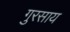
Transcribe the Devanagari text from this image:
गुरसाय